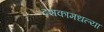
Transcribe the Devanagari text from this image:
दशकामधल्या